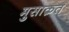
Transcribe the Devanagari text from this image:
मुसाक़त